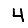
Digit: 4